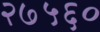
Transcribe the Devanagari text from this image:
२७५६०